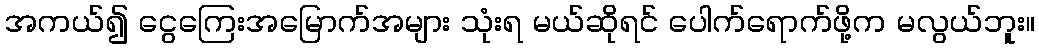
အကယ်၍ ငွေကြေးအမြောက်အများ သုံးရ မယ်ဆိုရင် ပေါက်ရောက်ဖို့က မလွယ်ဘူး။